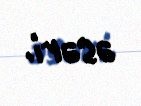
əsəri.